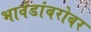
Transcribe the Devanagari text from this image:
भावंडांबरोबर